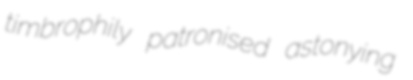
timbrophily patronised astonying